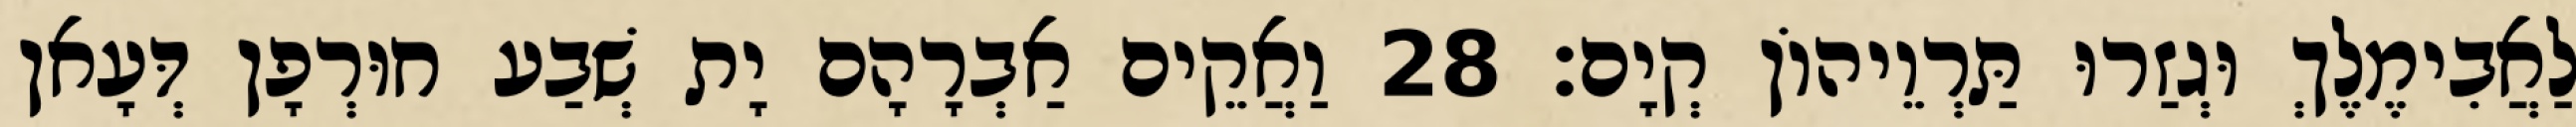
לַאֲבִימֶלֶךְ וּגְזַרוּ תַּרְוֵיהוֹן קְיָם׃ 28 וַאֲקֵים אַבְרָהָם יָת שְׁבַע חוּרְפָן דְּעָאן